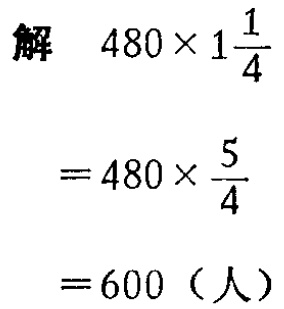
解

\[

\begin{align*}

&480\times1\frac{1}{4}\\

=&480\times\frac{5}{4}\\

=&600（人）

\end{align*}

\]